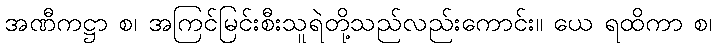
အဏီကဋ္ဌာ စ၊ အကြင်မြင်းစီးသူရဲတို့သည်လည်းကောင်း။ ယေ ရထိကာ စ၊